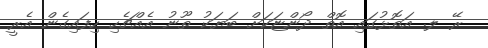
ރޭ ލ. އަތޮޅުގައި އޮތް ދޯންޏަކަށް ބަޔަކު ތޫނު އެއްޗެހި ހިފައިގެން އެރީ